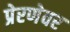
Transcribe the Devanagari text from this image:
प्रेरणेवर